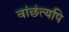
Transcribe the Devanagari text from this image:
वांछंत्यपि